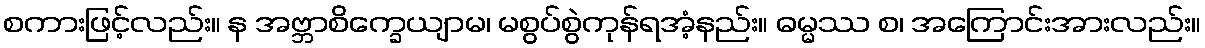
စကားဖြင့်လည်း။ န အဗ္ဘာစိက္ခေယျာမ၊ မစွပ်စွဲကုန်ရအံ့နည်း။ ဓမ္မဿ စ၊ အကြောင်းအားလည်း။